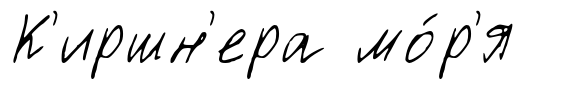
К'иршн'ера мо́р'я